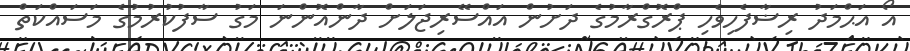
އޯ އަޙްމަދު ރިޟާފެހިވެހި ޕްރޮގްރާމުގެ ދަށުން އައްސޭރިޖަލަށް ދާންއޮންނަ މަގު ސާފުކުރުމުގެ މަސައްކަތް